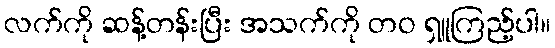
လက်ကို ဆန့်တန်းပြီး အသက်ကို တဝ ရှူကြည့်ပါ။